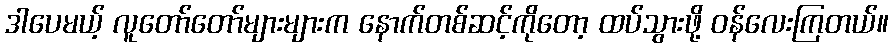
ဒါပေမယ့် လူတော်တော်များများက နောက်တစ်ဆင့်ကိုတော့ ထပ်သွားဖို့ ဝန်လေးကြတယ်။